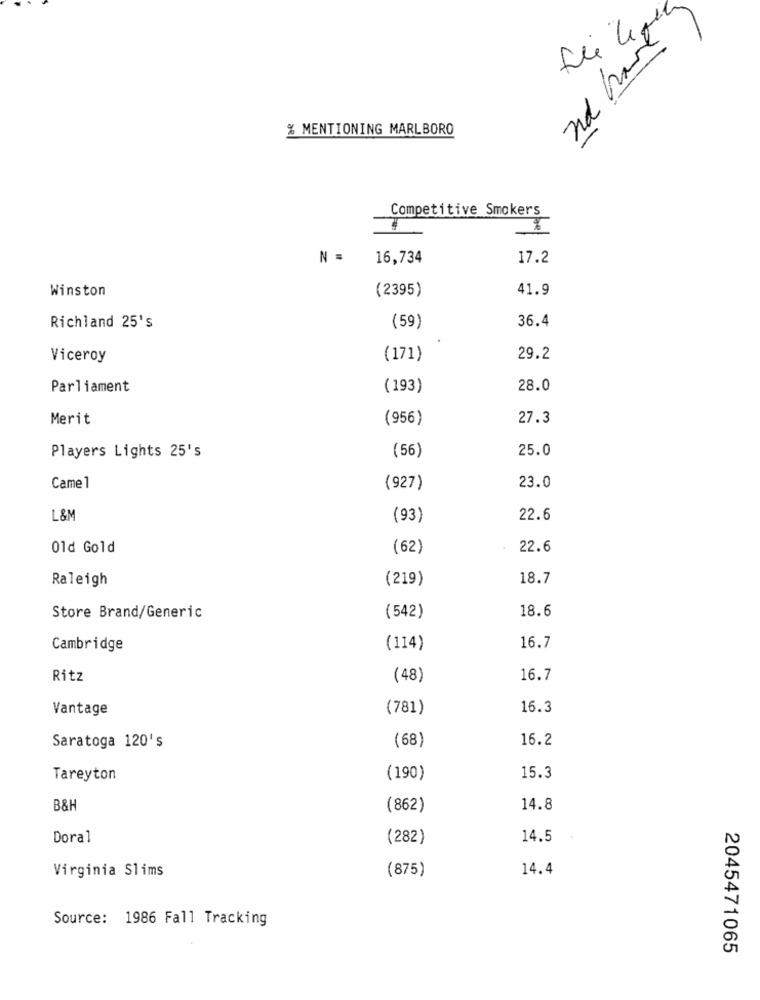
% MENTIONING MARLBORO
Competitive Smokers
N =
16,734
17.2
Winston
(2395)
41.9
36.4
Richland 25's
(59)
Viceroy
(171)
29.2
Parliament
(193)
28.0
Merit
(956)
27.3
Players Lights 25's
(56)
25.0
Came 1
(927)
23.0
L&M
(93)
22.6
Old Gold
(62)
22.6
Raleigh
(219)
18.7
18.6
Store Brand/Generic
(542)
Cambridge
(114)
16.7
Ritz
(48)
16.7
Vantage
(781)
16.3
(68)
16.2
Saratoga 120's
Tareyton
(190)
15.3
B&H
(862)
14.8
Doral
(282)
14.5
Virginia Slims
(875)
14.4
Source: 1986 Fall Tracking
2045471065